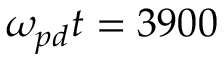
\omega _ { p d } t = 3 9 0 0